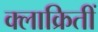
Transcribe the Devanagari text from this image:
क्लाक्रितीं